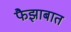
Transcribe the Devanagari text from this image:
फैझाबात